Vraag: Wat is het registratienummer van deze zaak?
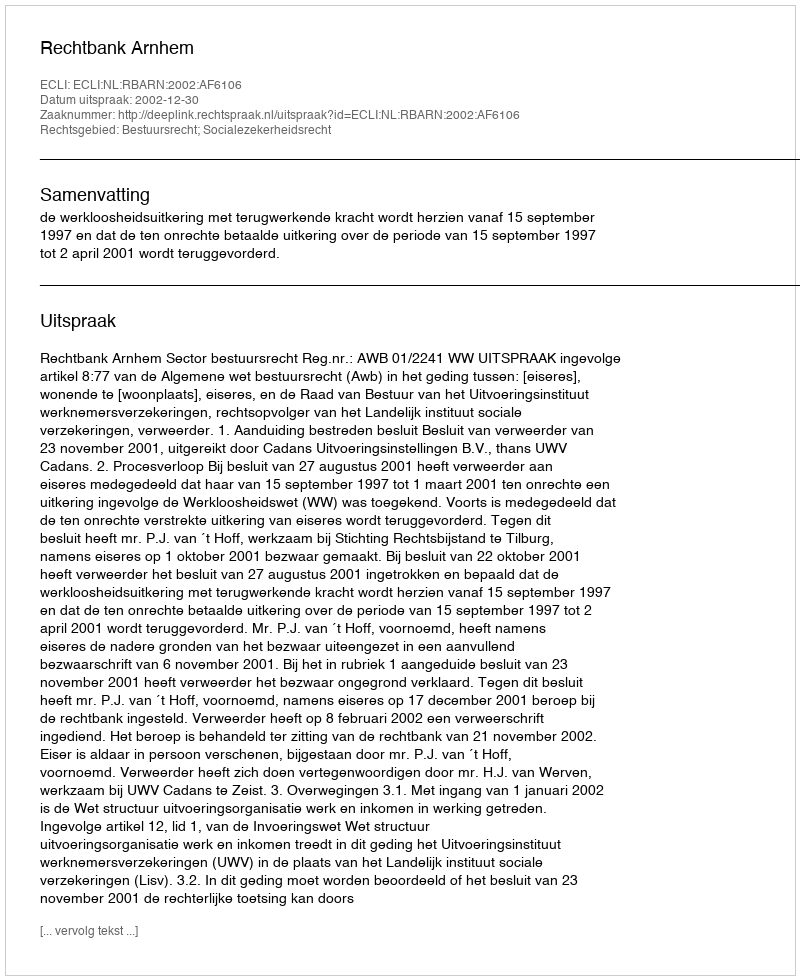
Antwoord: http://deeplink.rechtspraak.nl/uitspraak?id=ECLI:NL:RBARN:2002:AF6106